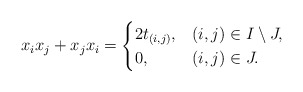
\begin{align*}x_i x_j+x_jx_i= \begin{cases} 2 t_{(i,j)}, & (i,j)\in I\setminus J,\\0, & (i,j)\in J.\end{cases}\end{align*}